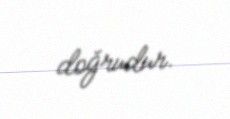
doğrudur.